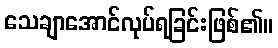
သေချာအောင်လုပ်ရခြင်းဖြစ်၏။